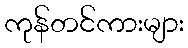
ကုန်တင်ကားများ